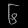
Digit: ၆